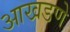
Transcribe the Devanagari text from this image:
आखडणे